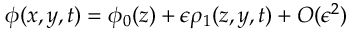
\phi ( x , y , t ) = \phi _ { 0 } ( z ) + \epsilon \rho _ { 1 } ( z , y , t ) + O ( \epsilon ^ { 2 } )